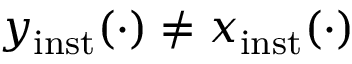
y _ { \mathrm { i n s t } } ( \cdot ) \ne x _ { \mathrm { i n s t } } ( \cdot )